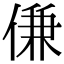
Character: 𬾹